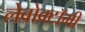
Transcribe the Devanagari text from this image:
लेबोक्टॉमी